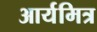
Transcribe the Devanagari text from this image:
आर्यमित्र